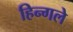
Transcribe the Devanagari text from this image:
हिन्गले